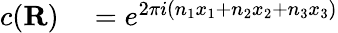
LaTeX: \begin{array}{rl}{c(\mathbf{R})}&{{}=e^{2\pi i(n_{1}x_{1}+n_{2}x_{2}+n_{3}x_{3})}}\end{array}